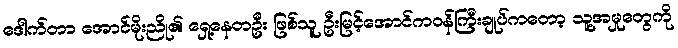
ဒေါက်တာ အောင်မိုးညို၏ ရှေ့နေတဦး ဖြစ်သူ ဦးမြင့်အောင်ကဝန်ကြီးချုပ်ကတော့ သူ့အမှုတွေကို